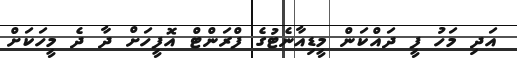
އަދި މަހު ފީ ދައްކަން މީޑިއާނެޓުގެ ފްރަންޓް އޮފީހަށް ދާ ދެ މީހަކަށް